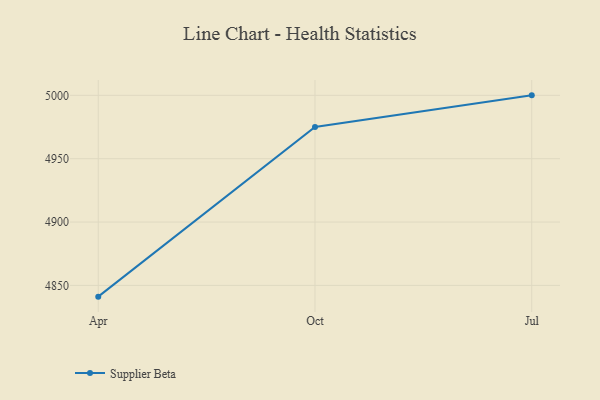
{"axis": {"x": "Month", "y": "Production Output"}, "legend": ["Supplier Beta"], "data": [{"x": "Apr", "y": 4841.1, "type": "Supplier Beta"}, {"x": "Oct", "y": 4975.1, "type": "Supplier Beta"}, {"x": "Jul", "y": 5000, "type": "Supplier Beta"}]}